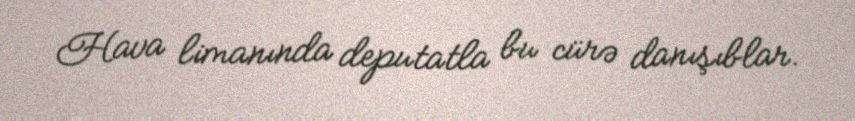
Hava limanında deputatla bu cürə danışıblar.